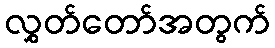
လွှတ်တော်အတွက်